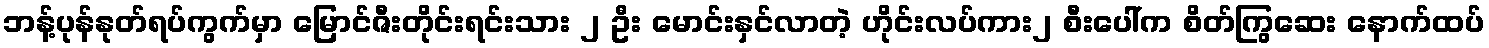
ဘန့်ပုန်နုတ်ရပ်ကွက်မှာ မြောင်ဇီးတိုင်းရင်းသား ၂ ဦး မောင်းနှင်လာတဲ့ ဟိုင်းလပ်ကား၂ စီးပေါ်က စိတ်ကြွဆေး နောက်ထပ်